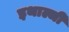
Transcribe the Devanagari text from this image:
इथाल्जी